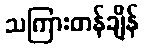
သကြားတန်ချိန်